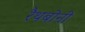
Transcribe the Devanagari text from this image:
रैथबोनी